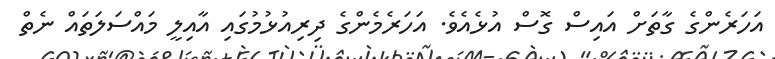
އަހަރެންގެ ގާތަށް އައިސް ގޮސް އުޅެއެވެ. އަހަރެމެންގެ ދިރިއުޅުމުގައި އާއިލީ މައްސަލަތައް ނެތް